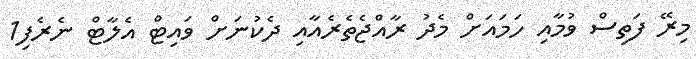
މިރޭ ފަތިސް ވުމާއި ހަމައަށް މެދު ރާއްޖެތެރެއާއި ދެކުނަށް ވައިޓް އެލާޓް ނެރެފި1